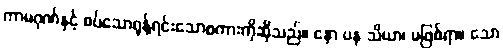
ကာမဂုဏ်နှင့် စပ်သောရုန့်ရင်းသောစကားကိုဆိုသည်။ နော ပန သိယာ၊ မဖြစ်ရာ။ သော